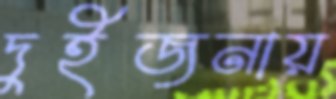
দুইজনায়